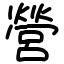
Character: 營